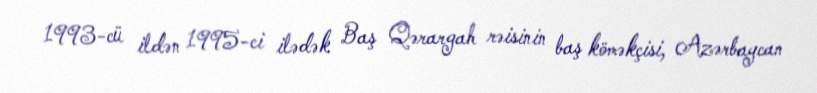
1993-cü ildən 1995-ci ilədək Baş Qərargah rəisinin baş köməkçisi, Azərbaycan